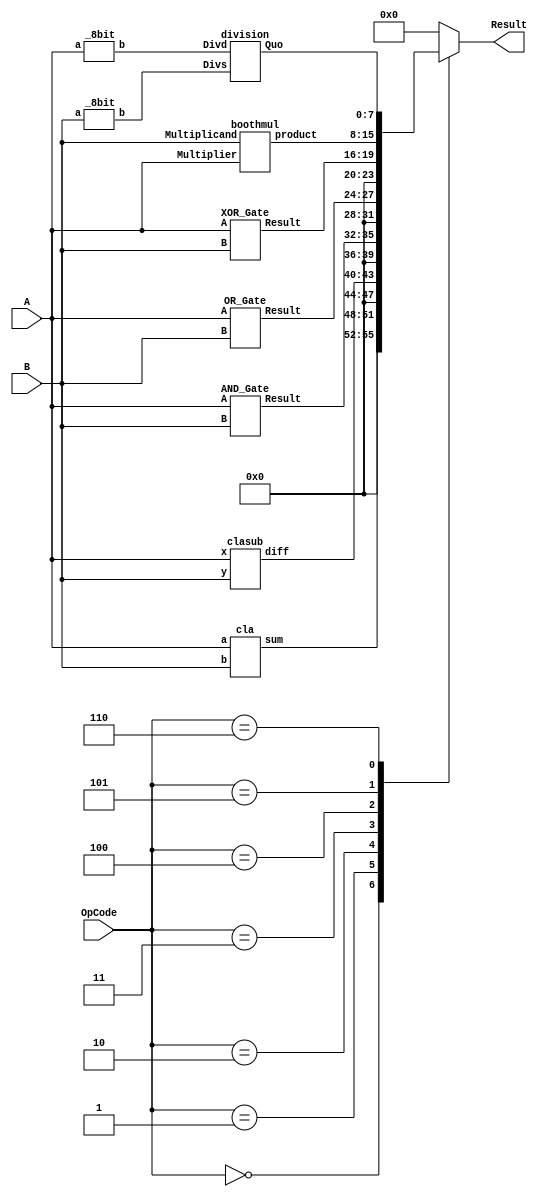
module ALU (A,B,OpCode,Result);
    input [3:0] A, B;   
    input [2:0] OpCode; 
    output reg [7:0] Result ;

    wire [7:0] add_res, sub_res, mul_res, div_res;
    wire [3:0] and_res, or_res, xor_res;

    wire [7:0]  A1, B1;
    
    _8bit extend_A (.a(A), .b(A1));
    _8bit extend_B (.a(B), .b(B1));

    cla add_module (.sum(add_res[3:0]), .a(A), .b(B));
    clasub sub_module (.diff(sub_res[3:0]), .x(A), .y(B));
    boothmul mul_module (.product(mul_res), .Multiplier(A), .Multiplicand(B));
    division div_module (.Quo(div_res), .Divs(B1), .Divd(A1));
    AND_Gate and_module (.A(A), .B(B), .Result(and_res));
    OR_Gate or_module (.A(A), .B(B), .Result(or_res));
    XOR_Gate xor_module (.A(A), .B(B), .Result(xor_res));

    always @(*) begin
        case (OpCode)
            3'b000: Result = {4'b0000, add_res[3:0]}; 
            3'b001: Result = {4'b0000, sub_res[3:0]}; 
            3'b010: Result = {4'b0000, and_res}; 
            3'b011: Result = {4'b0000, or_res}; 
            3'b100: Result = {4'b0000, xor_res};
            3'b101: Result = mul_res; 
            3'b110: Result = div_res; 
            default: Result = 8'b00000000; 
        endcase
    end

endmodule

module cla(sum, a, b);
    output wire [3:0] sum;
    input [3:0] a, b;
    reg cin = 0;
    wire [3:0] c;
    fulladder fa0(sum[0], c[0], a[0], b[0], cin);
    generate
        genvar i;
        for (i = 1; i < 4; i = i + 1) begin : add_loop
            fulladder fa(sum[i], c[i], a[i], b[i], c[i-1]);
        end
    endgenerate
endmodule

module clasub(diff, x, y);
    input [3:0] x, y;
    output [3:0] diff;
    wire [3:0] p;
    wire [3:0] c;
    reg cntl = 1;
    assign p[0] = y[0] ^ cntl;
    fulladder fa0(diff[0], c[0], x[0], p[0], cntl);
    generate
        genvar i;
        for (i = 1; i < 4; i = i + 1) begin : sub_loop
            assign p[i] = y[i] ^ cntl;
            fulladder fa(diff[i], c[i], x[i], p[i], c[i-1]);
        end
    endgenerate
endmodule

module fulladder(sum, cout, a, b, cin);
    input a, b, cin;
    output sum, cout;
    assign sum = a ^ b ^ cin;
    assign cout = (a & b) | (b & cin) | (cin & a);
endmodule

module boothmul(product, Multiplier, Multiplicand);
    output reg signed [7:0] product;
    input signed [3:0] Multiplier, Multiplicand;
    reg [1:0] temp;
    integer i;
    reg q0;
    reg [3:0] B;
    always @(Multiplier, Multiplicand) begin
        product = 8'd0;
        q0 = 1'b0;
        B = -Multiplicand;
        for (i = 0; i < 4; i = i + 1) begin
            temp = { Multiplier[i], q0 };
            case(temp)
                2'd2: product[7:4] = product[7:4] + B;
                2'd1: product[7:4] = product[7:4] + Multiplicand;
            endcase
            product = product >> 1;
            product[7] = product[6];
            q0 = Multiplier[i];
        end
    end
endmodule

module division(Quo, Divs, Divd);
    input [7:0] Divs, Divd;
    output reg [7:0] Quo;
    reg [7:0] Q, R, Rem;
    reg [7:0] A;
    integer i;
    always @(Divs or Divd) begin
        Q = Divs;
        R = Divd;
        A = 0; 
        for (i = 0; i < 8; i = i + 1) begin
            A = {A[6:0], R[7]};
            R[7:1] = R[6:0];
            A = A - Q;
            if (A[7] == 1) begin
                R[0] = 0;
                A = A + Q;
            end else begin
                R[0] = 1;
            end
        end
        Quo = R;
        Rem = Divd - (Q * R);
    end
endmodule

module _8bit(a, b);
    input [3:0] a;
    output [7:0] b;
    assign b = {4'b0000, a};
endmodule

module AND_Gate (A,B,Result);
    input [3:0] A,B;
    output [3:0] Result;
    assign Result = A & B;
endmodule

module OR_Gate (A,B,Result);
    input [3:0] A,B;
    output [3:0] Result;
    assign Result = A | B;
endmodule

module XOR_Gate (A,B,Result);
    input [3:0] A,B;
    output [3:0] Result;
assign Result = A ^ B;
endmodule